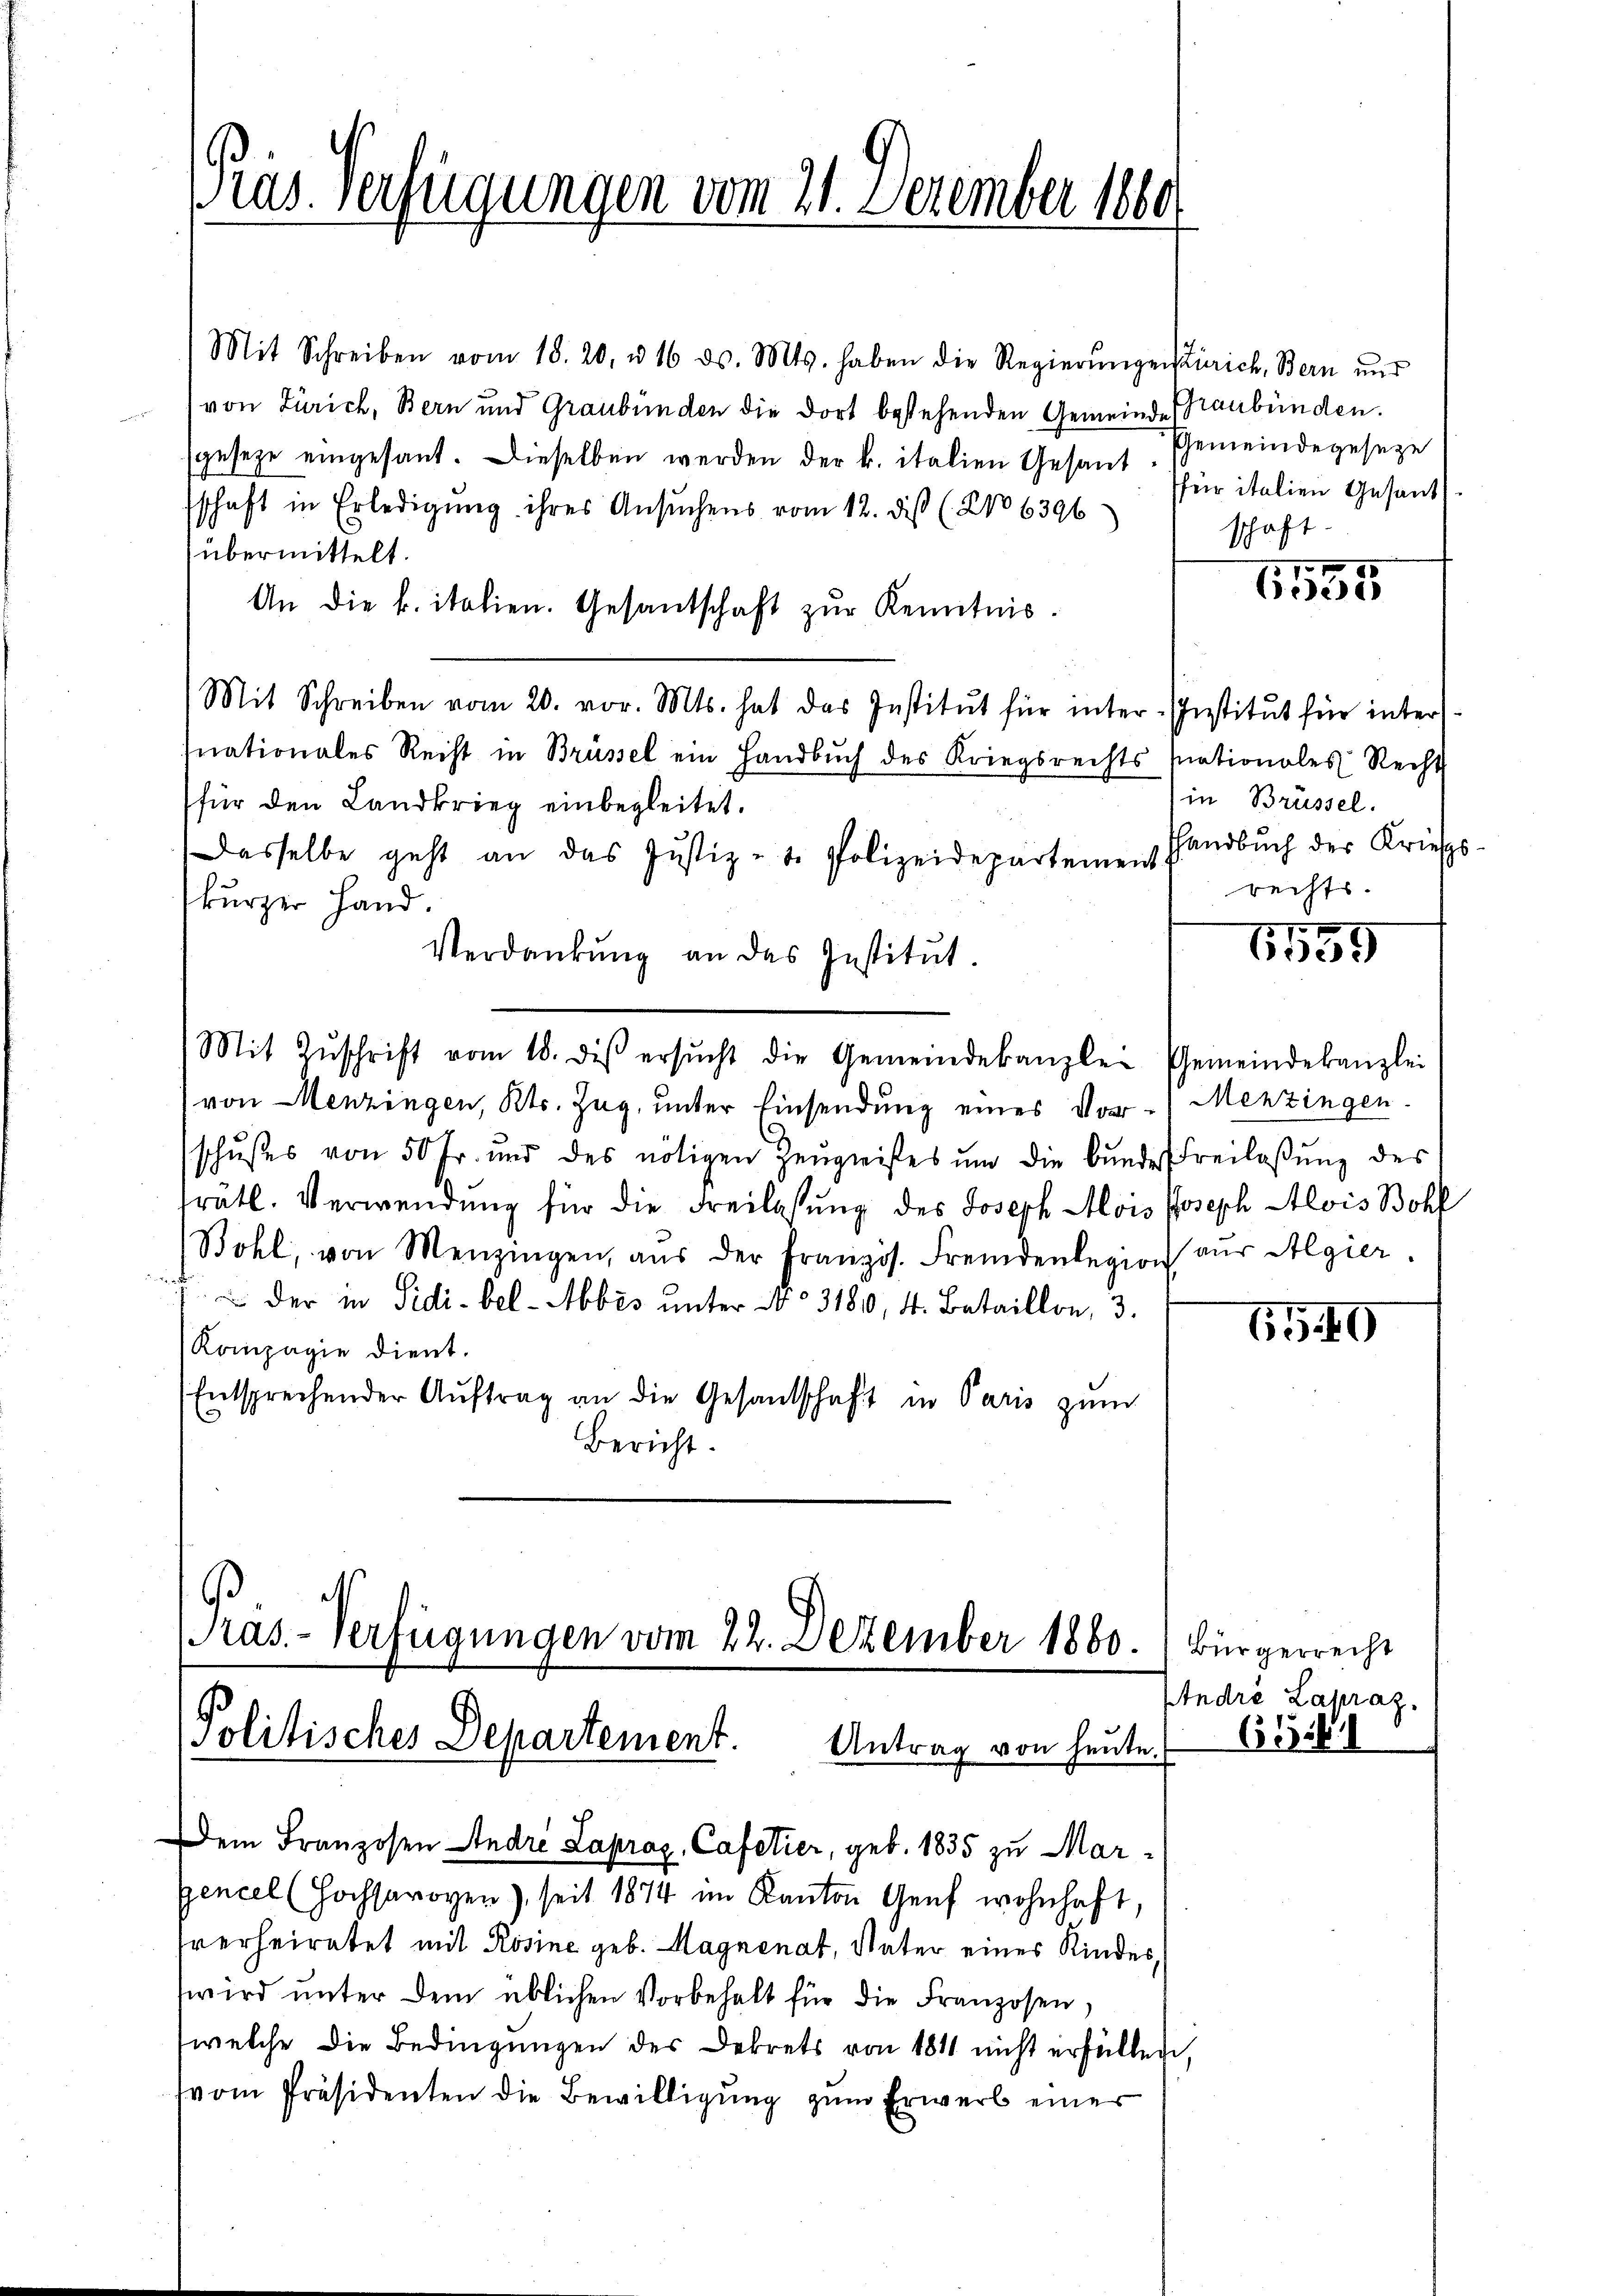
Pras Verfügungen vom 21. Dezember 1860

Mit Schreiben vom 18. 20. u 16 ds. Mts. haben die Regierŭngen Zürich, Bern und
von Zürich, Bern und Graubünden die dort bestehenden Gemeinde Graubünden.
sgeseze eingesant. Dieselben werden der k. italien Gesandschaft in Erledigŭng ihres Ansŭchens vom 12. dieß (2106396
übermittelt.
An die k. italien. Gesantschaft zŭr Kenntnis.
Mit Schreiben vom 20. vor. Mts. hat das Institut für inter-Institut für intermnationales Recht in Brüssel ein Handbŭch des Kriegsrechts nationales Recht
für den Landkrieg einbegleitet.
Dasselbe geht an das Justiz - t. Polizeideparteme Handbuch der Kriess
kurzer Hand.
1555
Verdankŭng an das Institŭt.
Mit Zŭschrift vom 18. des ersŭcht die Gemeindekanzle-Gemeindekanzlei
von Menzingen, Kts. Zug, unter Einsendung eines Vor- Menzingen.
schußes von 50 Fr. und des nötigen Zeŭgnisses um die Bŭndes Freilaβŭng des
rätl. Verwendŭng für die Freilassŭng des Joseph Alois Joseph Alois Bohl
Bohl, von Menzingen, aŭs der Französ. Fremdenlegion aŭs Algier
 der in Sidi-bel- Abbes unter No. 3180, 4. Bataillon, 3.
610
Kompagie dient.
Entsprechender Aŭftrag an die Gesandschaft in Paris zŭm
Bericht.

Pras-Verfügungen vom 22. Dezember 1860.
Politisches Departement.
Antrag von heute.

Dem Franzosen Andre Laproz, Cafetier, geb. 1835 zu Margencel (Hochsaroyen), seit 1874 im Kanton Genf wohnhaft,
sverheiratet mit Rosine geb. Magnenat, Vater eines Kindes,
wird ŭnter dem üblichen Vorbehalt für die Franzosen,
(welche die Bedingungen des Dekrets von 1811 nicht erfüllen,
(vom Präsidenten die Bewilligung zum Erwerb einer

Gemeindegeseze
für italien Gesand
schaft.

1,1555

in Brüssel.
rechts.

Bürgerrecht
André Lapraz.

615.